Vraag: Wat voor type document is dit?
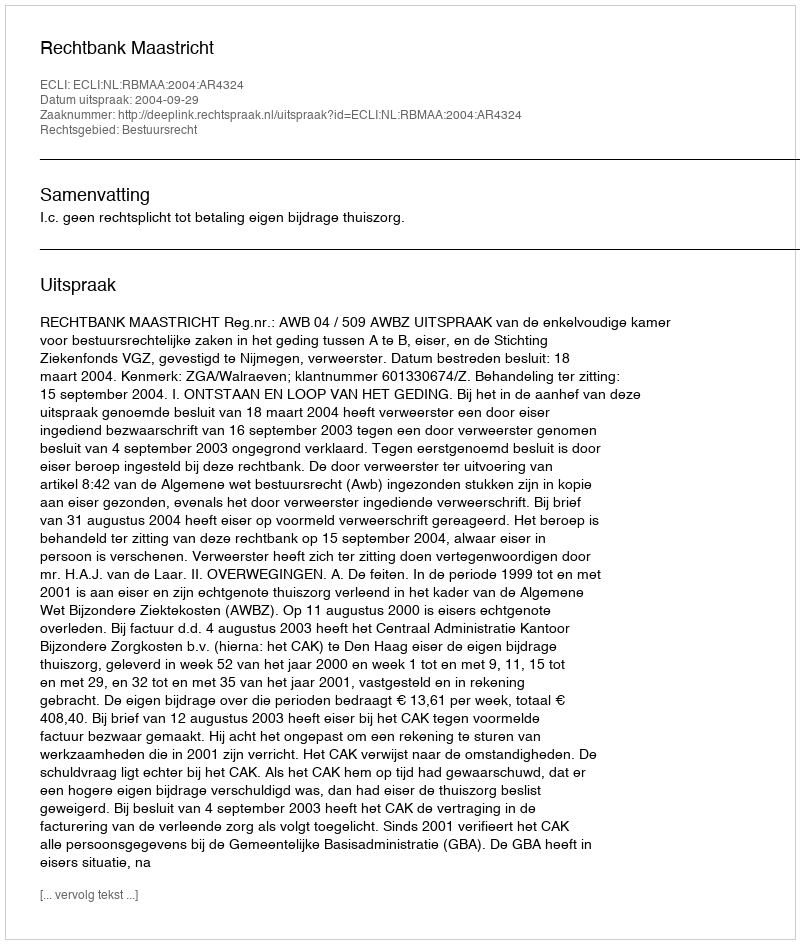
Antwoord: Uitspraak